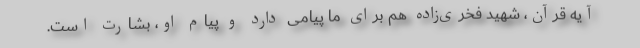
آیه قرآن، شهید فخری‌زاده هم برای ما پیامی دارد و پیام او، بشارت است.